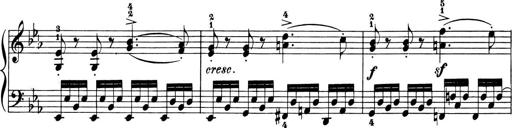
Title: 6 Piano Sonatinas
Composer: Cornelius Gurlitt